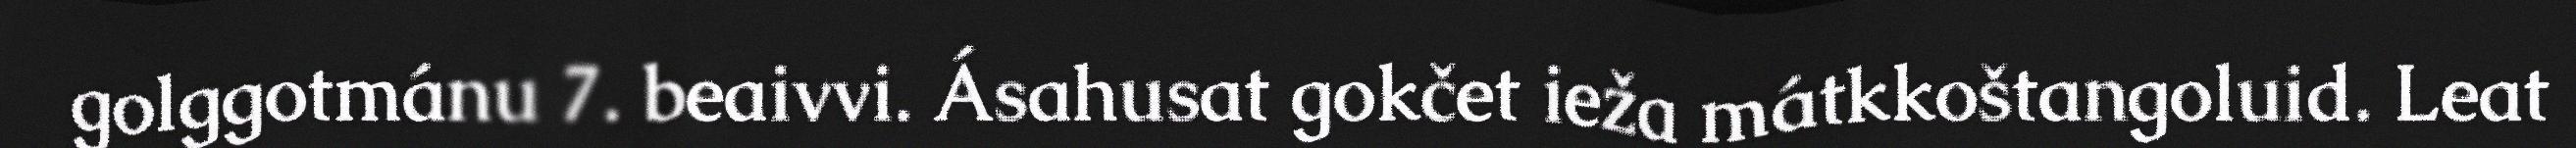
golggotmánu 7. beaivvi. Ásahusat gokčet ieža mátkkoštangoluid. Leat